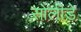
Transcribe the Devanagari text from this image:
सोलीडे